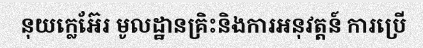
នុយក្លេអ៊ែរ មូលដ្ឋានគ្រិះនិងការអនុវត្តន៍ ការប្រើ